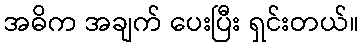
အဓိက အချက် ပေးပြီး ရှင်းတယ်။